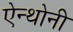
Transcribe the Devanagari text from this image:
ऐन्थोनी